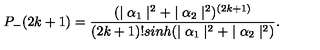
P _ { - } ( 2 k + 1 ) = \frac { ( \mid \alpha _ { 1 } \mid ^ { 2 } + \mid \alpha _ { 2 } \mid ^ { 2 } ) ^ { ( 2 k + 1 ) } } { ( 2 k + 1 ) ! s i n h ( \mid \alpha _ { 1 } \mid ^ { 2 } + \mid \alpha _ { 2 } \mid ^ { 2 } ) } .